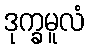
ဒုက္ခမူလံ